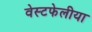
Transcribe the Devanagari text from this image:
वेस्टफेलीया